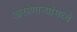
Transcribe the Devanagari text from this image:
असणाऱ्यांमध्ये